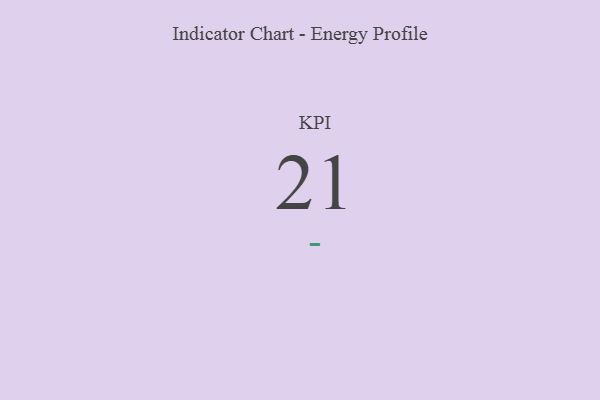
{"axis": {"x": "KPI", "y": "Value"}, "legend": [""], "data": [{"x": "KPI", "y": 21, "type": ""}]}